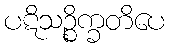
ပဋိသဉ္စိက္ခတိပေ